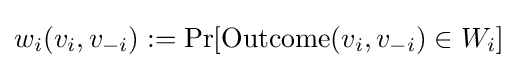
w_{i}(v_{i},v_{-i}):=\Pr[{\text{Outcome}}(v_{i},v_{-i})\in W_{i}]